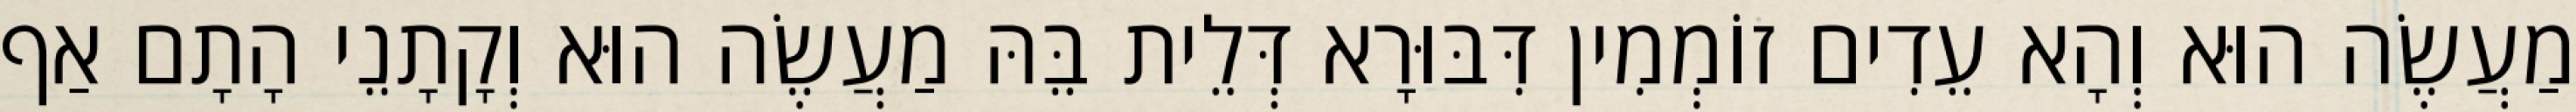
מַעֲשֶׂה הוּא וְהָא עֵדִים זוֹמְמִין דִּבּוּרָא דְּלֵית בֵּהּ מַעֲשֶׂה הוּא וְקָתָנֵי הָתָם אַף